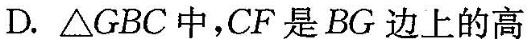
D.△GBC中，CF是BG边上的高